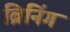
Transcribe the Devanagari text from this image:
ब्रिनिंग